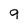
Character: 9